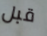
قبل